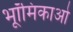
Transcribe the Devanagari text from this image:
भूॉमिकाओ